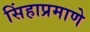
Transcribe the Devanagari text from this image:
सिंहाप्रमाणे